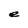
Character: e